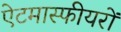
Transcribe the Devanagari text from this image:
ऐटमास्फीयरों